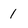
Character: 1